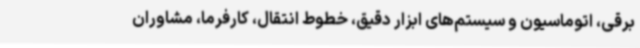
برقی، اتوماسیون و سیستم‌های ابزار دقیق، خطوط انتقال، کارفرما، مشاوران